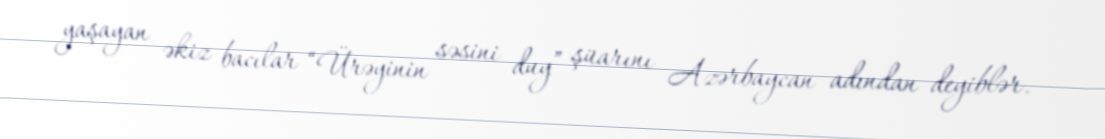
yaşayan əkiz bacılar “Ürəyinin səsini duy” şüarını Azərbaycan adından deyiblər.